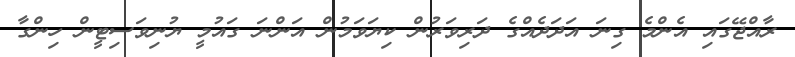
ރާއްޖޭގައި އެންމެ ގިނަ އަދަދެއްގެ ދަރިވަރުން ކިޔަވަމުން އަންނަ ގައުމީ ޔުނިވަސިޓީން ހިންގާ